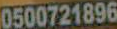
0500721896